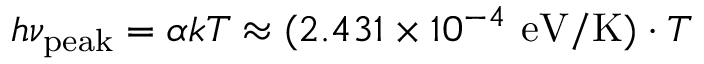
h \nu _ { \mathrm { p e a k } } = \alpha k T \approx ( 2 . 4 3 1 \times 1 0 ^ { - 4 } \ \mathrm { e V / K } ) \cdot T